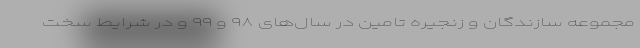
مجموعه سازندگان و زنجیره تامین در سال‌های ۹۸ و ۹۹ و در شرایط سخت